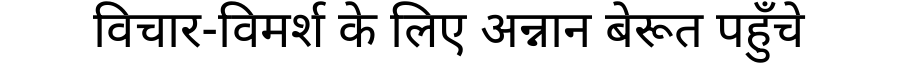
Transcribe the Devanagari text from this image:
विचार-विमर्श के लिए अन्नान बेरूत पहुँचे